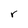
Character: r